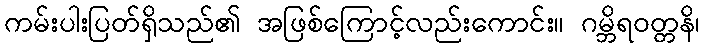
ကမ်းပါးပြတ်ရှိသည်၏ အဖြစ်ကြောင့်လည်းကောင်း။ ဂမ္ဘိရဝတ္တနိ၊